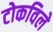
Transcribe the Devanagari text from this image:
टोकविले